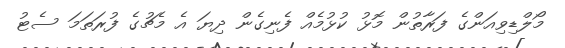
މޯލްޑިވިއަންގެ ފަރާތުން މޮޅު ކުޅުމެއް ފެނިގެން ދިޔަ އެ މެޗުގެ ފުރަތަމަ ސެޓު